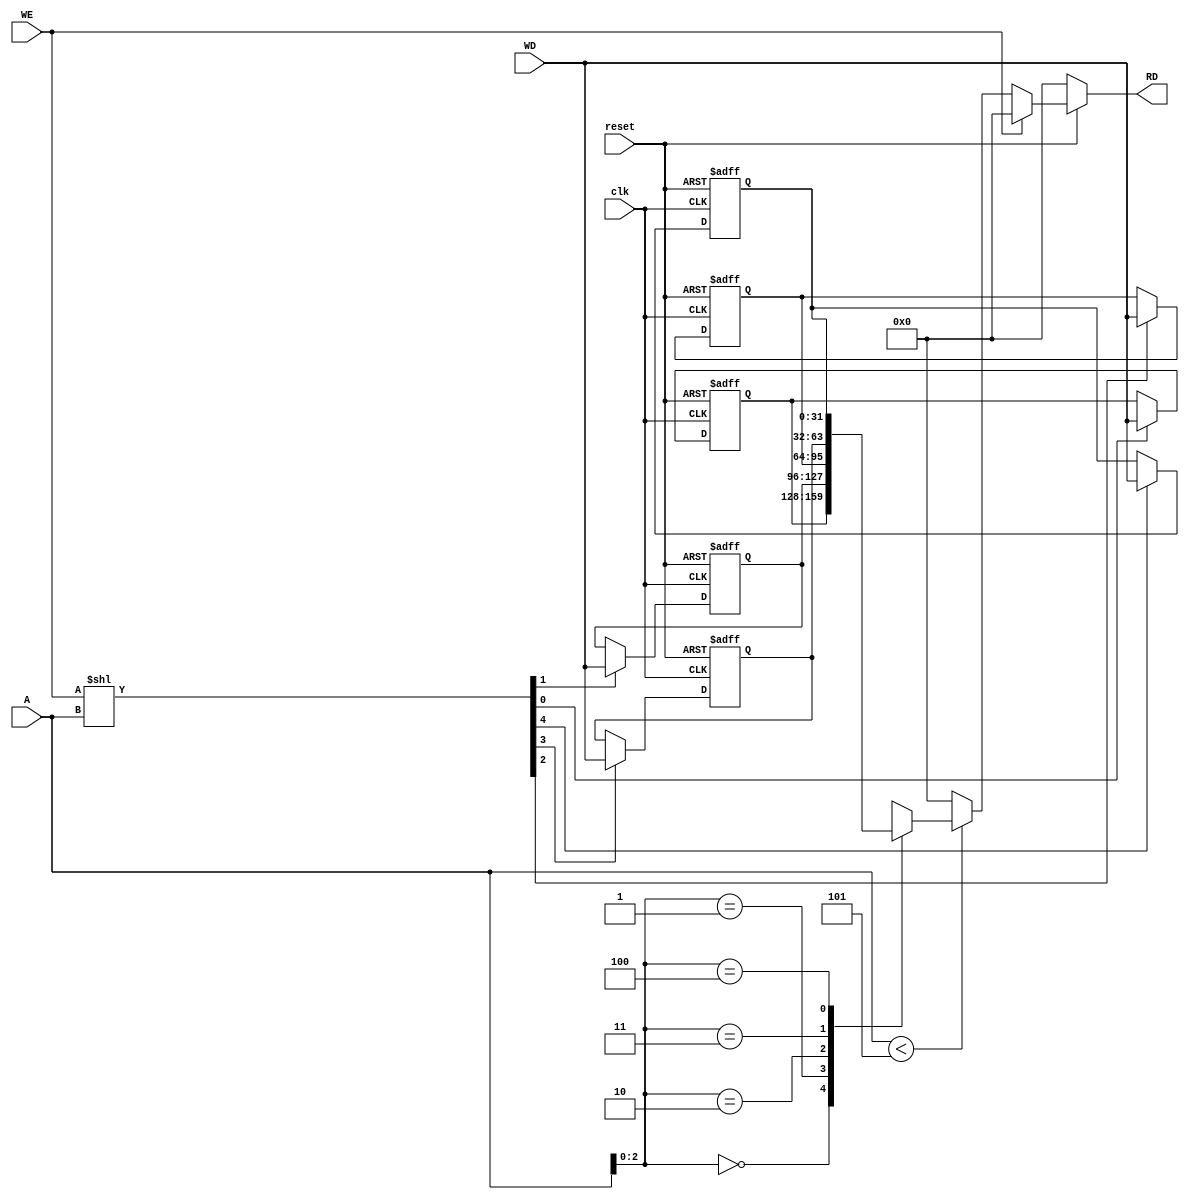

/* ------------ Data memory ------------- */
// there is where the load and store instructions read or write the data from it.
// it has a single read-write port.
/* if write enable (WE) is active the memory write the 32-bit data (WD) in the specified 
   adress at the rising edge of the clock. */
// if write enable (WE) is low it read adress (A) into RD.
// the read operation is done combinationally.

module data_memory (clk , reset , A , RD , WD , WE);
  
  input clk,    // system clock.
        reset,  // reset input to initialize the system.
        WE;     // write enable input to decide if read or write.
  
  input [31:0] A;  // 32-bit address 
  input [31:0] WD; // 32-bit to store in the memory.
  
  output [31:0] RD; // 32-bit data read from the memory.
  
  reg [31:0] RD = 32'h00000000;
  reg [31:0] memory [0:4];  // memory size 2048 element.
  
  wire [4:0] WEline; // write enable to each element of the memory. 
  integer i;
  
  assign WEline = (WE << A); // write '1' into write enable line for the selected element
  
  // sequential circuit for write operation
  always@ (posedge clk or negedge reset)
  begin
    if (!reset) // active low reset for initialization
        for (i=0 ; i < 5 ; i=i+1)
            memory [i] = 32'h00000000;
    else // at the rising edge of the clock the write operation is performed if the WE is one
      for (i=0 ; i < 5 ; i=i+1)
          if (WEline [i])  memory [i] = WD;
  end
  
  // combinational circuit for read operation
  always@ (*)
  begin
    if (!reset) RD = 32'h00000000;
    else if (!WE)
      if (A < 5)
        RD = memory [A]; // read the content of the memory to RD if WE = 0
      else
        RD = 32'h00000000;
    else
       RD = 32'h00000000;

    
  end
  
endmodule